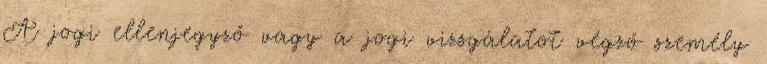
A jogi ellenjegyző vagy a jogi vizsgálatot végző személy